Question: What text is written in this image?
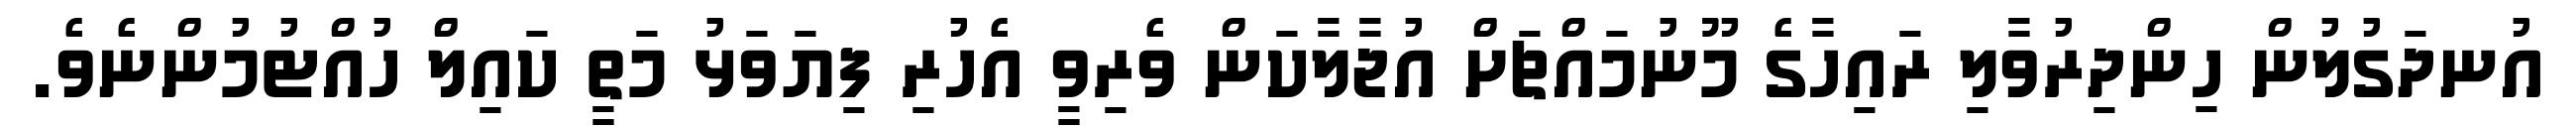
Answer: އުނދަގުލުން ހިންދިރުވާލި ރައިހާގެ މޫނުމައްޗަށް އުޖާލާކަން ވެރިވީ އެހުރި ފިޔަވަޅު މަތީ ކައިލް ހުއްޓުމުންނެވެ.